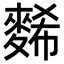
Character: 𪌹